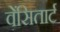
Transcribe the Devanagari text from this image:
वेंसितार्ट